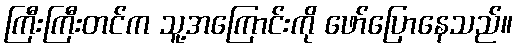
ကြီးကြီးတင်က သူ့အကြောင်းကို ဖော်ပြောနေသည်။